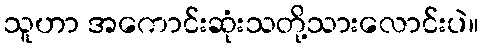
သူဟာ အကောင်းဆုံးသတို့သားလောင်းပဲ။